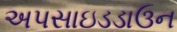
અપસાઇડડાઉન